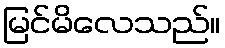
မြင်မိလေသည်။